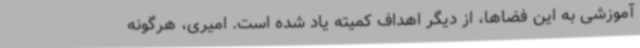
آموزشی به این فضاها، از دیگر اهداف کمیته یاد شده است. امیری، هرگونه